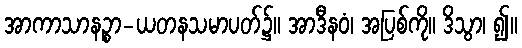
အာကာသာနဉ္စာ-ယတနသမာပတ်၌။ အာဒီနဝံ၊ အပြစ်ကို။ ဒိသွာ၊ ၍။